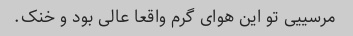
مرسییی تو این هوای گرم واقعا عالی بود و خنک.